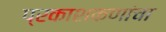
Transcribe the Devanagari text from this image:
प्रकाशकणांचा